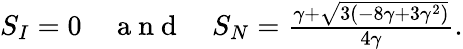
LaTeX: \begin{array}{r}{S_{I}=0\quad\mathrm{~a~n~d~}\quad S_{N}=\frac{\gamma+\sqrt{3(-8\gamma+3\gamma^{2})}}{4\gamma}.}\end{array}